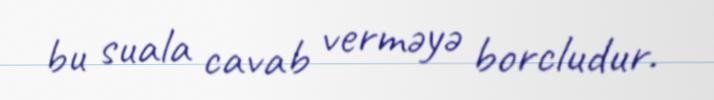
bu suala cavab verməyə borcludur.